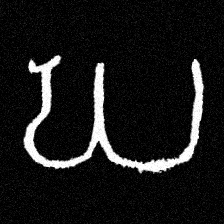
Pyu character \u2014 Myanmar letter: ဃ (romanized: gha)